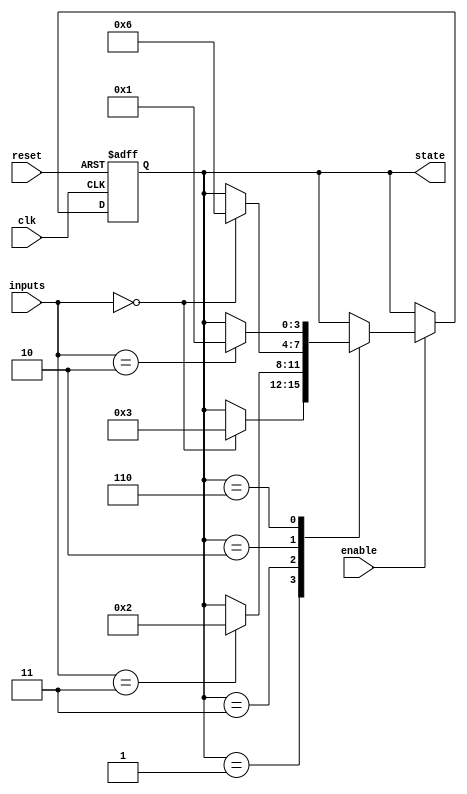
module GrayCodeStateMachine (
    input wire clk,
    input wire reset,
    input wire enable,
    input wire [N-1:0] inputs,
    output reg [N-1:0] state
);

parameter N = 4; // Number of bits in state

// State encoding using Gray code
parameter [N-1:0] STATE_A = 4'b0001;
parameter [N-1:0] STATE_B = 4'b0011;
parameter [N-1:0] STATE_C = 4'b0010;
parameter [N-1:0] STATE_D = 4'b0110;

// State register
always @(posedge clk or posedge reset) begin
    if (reset) begin
        state <= STATE_A;
    end else begin
        if (enable) begin
            case (state)
                STATE_A: begin
                    if (inputs == 2'b00) begin
                        state <= STATE_B;
                    end
                end
                STATE_B: begin
                    if (inputs == 2'b11) begin
                        state <= STATE_C;
                    end
                end
                STATE_C: begin
                    if (inputs == 2'b00) begin
                        state <= STATE_D;
                    end
                end
                STATE_D: begin
                    if (inputs == 2'b10) begin
                        state <= STATE_A;
                    end
                end
            endcase
        end
    end
end

endmodule